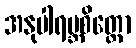
အနုပါရမ္ဘစိတ္တော